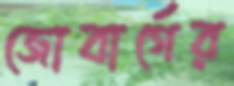
জোবার্গের